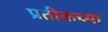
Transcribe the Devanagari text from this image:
प्रतीकच्या